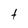
Character: t